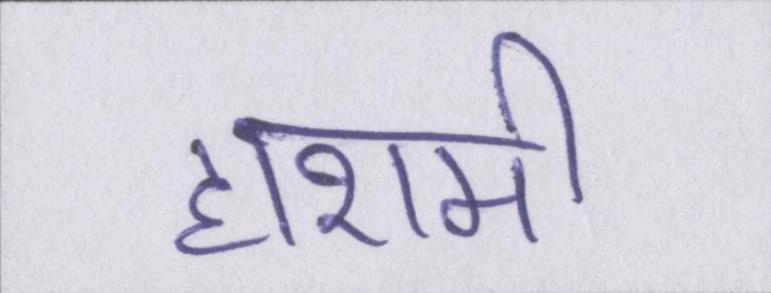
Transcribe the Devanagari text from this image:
हाशमी